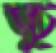
ভূ